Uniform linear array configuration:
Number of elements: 4
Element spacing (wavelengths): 0.5
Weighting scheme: cosine
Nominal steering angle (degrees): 45
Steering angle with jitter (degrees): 46.663
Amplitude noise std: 0.05
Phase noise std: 0.05

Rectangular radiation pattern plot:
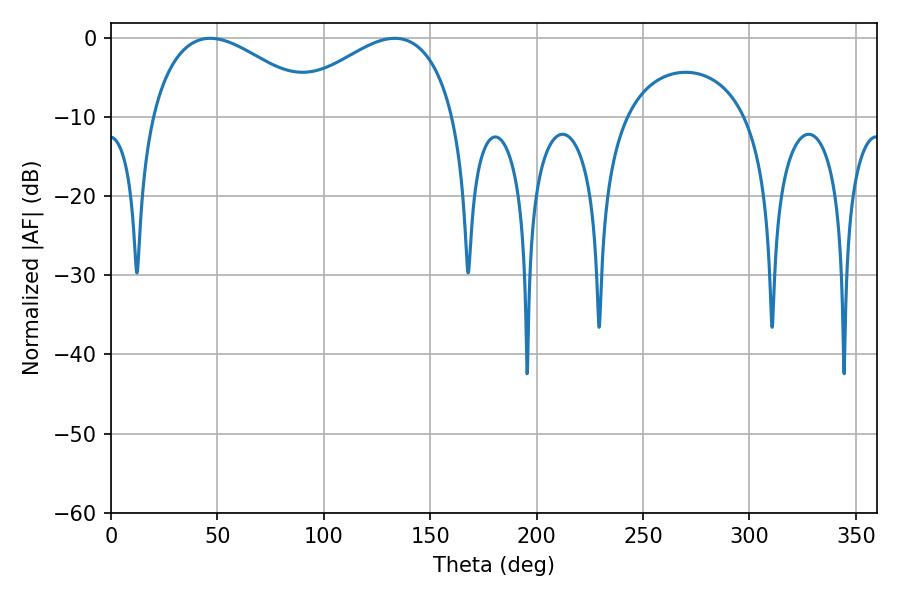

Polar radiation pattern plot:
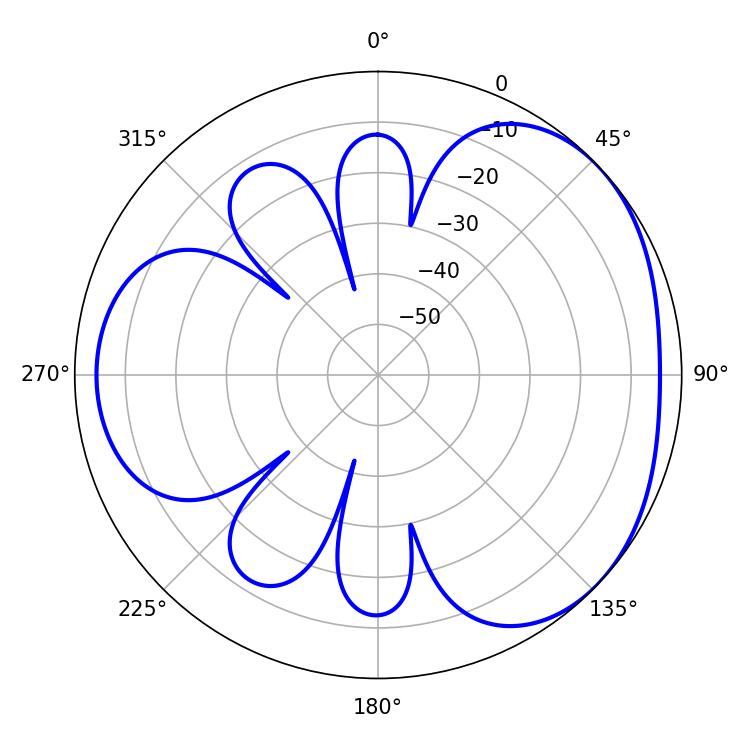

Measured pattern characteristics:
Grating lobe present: FALSE
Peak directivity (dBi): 3.375
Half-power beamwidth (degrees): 43.92
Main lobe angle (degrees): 46.62